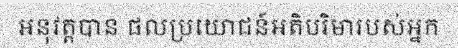
អនុវត្តបាន ផលប្រយោជន៍អតិបរិមារបស់អ្នក